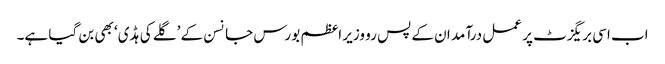
اب اسی بریگزٹ پر عمل درآمد ان کے پس رو وزیر اعظم بورس جانسن کے ’گلے کی ہڈی‘ بھی بن گیا ہے۔